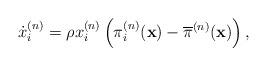
LaTeX: \begin{align*}\dot{x}_i^{(n)}=\rho x_i^{(n)}\left(\pi_i^{(n)}(\textbf{x})-\overline{\pi}^{(n)}(\textbf{x})\right),\end{align*}